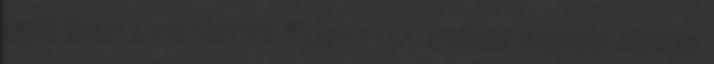
Egész életét a gyerekeknek, főképp a csecsemőknek szentelte, képtelen